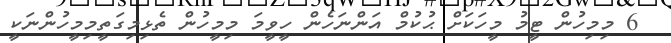
6 މިމިހުން ޓީމު މީހަކަށް ޙުކުމް އަންނަހެން ހީވީމަ މިމީހުން ތެޅިމިގަތީމިމީހުންނަކީ